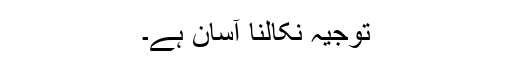
توجیہ نکالنا آسان ہے۔